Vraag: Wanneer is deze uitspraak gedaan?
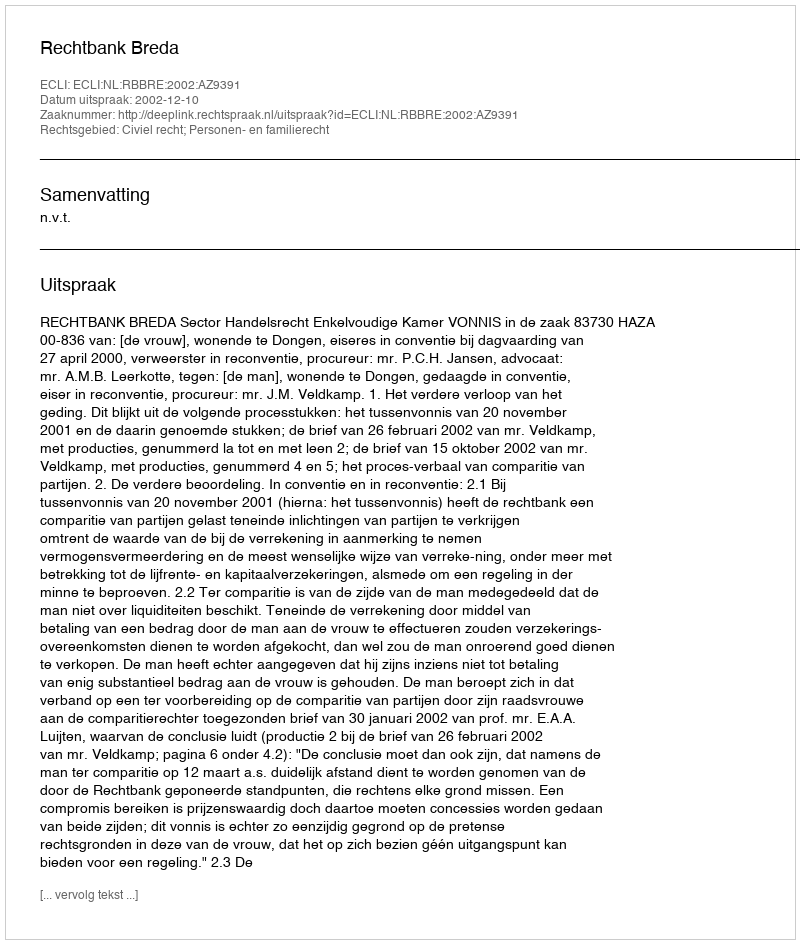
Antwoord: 2002-12-10